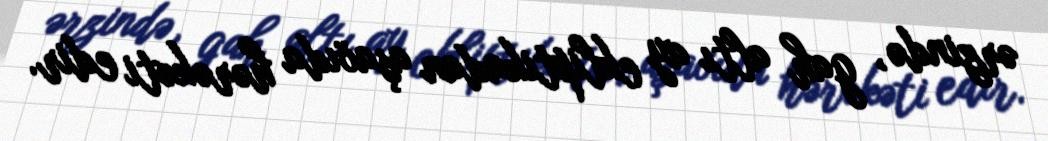
ərzində, gah altı ay ekliptikadan aşaöıda hərəkəti edir.